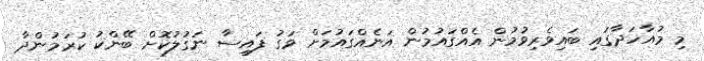
މި މުއާހަދާގައި ބައިވެރިވުމުން އެއްގައުމުން އަނެއްގައުމަށް ވަގު ފައިސާ ނަގުލުކޮށް ބޭންކު ކުރަމުންދާ